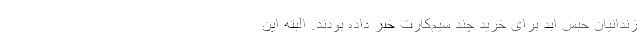
زندانیان حبس ابد برای خرید چند سیم‌کارت خبر داده بودند. البته این